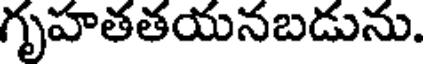
గృహతతయనబడును.